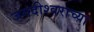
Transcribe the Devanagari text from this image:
जगदीश्‍वराच्या